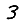
Digit: 3